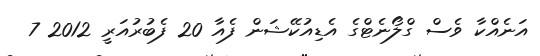
އަނެއްކާ ވެސް ގްލޯނެޓްގެ އެޑިއުކޭޝަން ފެއާ 20 ފެބުރުއަރީ 2012 7